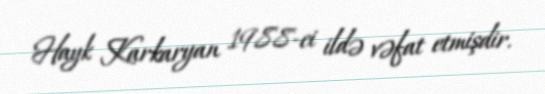
Hayk Karkaryan 1988-ci ildə vəfat etmişdir.